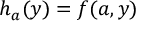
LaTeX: \quad h _ { a } ( y ) = f ( a , y ) \quad